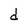
Character: d